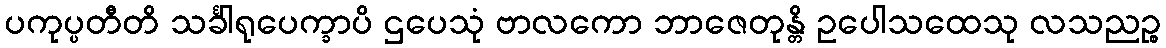
ပကုပ္ပတီတိ သင်္ခါရုပေက္ခာပိ ဌပေသုံ ဗာလကော ဘာဇေတုန္တိ ဥပေါသထေသု လသညဉ္စ